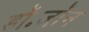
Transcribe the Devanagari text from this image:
डॉ॰जॉन